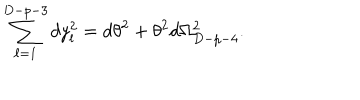
\sum _ { \ell = 1 } ^ { D - p - 3 } d y _ { l } ^ { 2 } = d \theta ^ { 2 } + \theta ^ { 2 } d \Omega _ { D - p - 4 } ^ { 2 } .